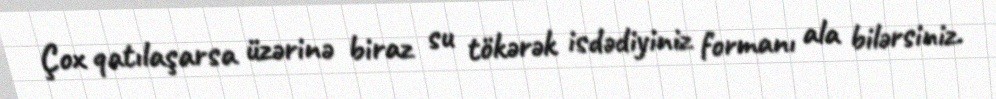
Çox qatılaşarsa üzərinə biraz su tökərək isdədiyiniz formanı ala bilərsiniz.